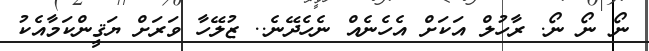
ނޯ ނޯ ނޯ. ރާހުލް އަކަށް އެހެނެއް ނެހެދޭނެ.. ޒުލޭހާ ވަރަށް ޔަޤީންކަމާއެކު